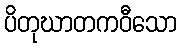
ပိတုဃာတကဝီသော